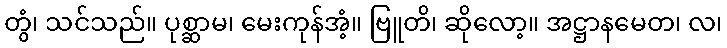
တွံ၊ သင်သည်။ ပုစ္ဆာမ၊ မေးကုန်အံ့။ ဗြူတိ၊ ဆိုလော့။ အဋ္ဌာနမေတ၊ လ၊